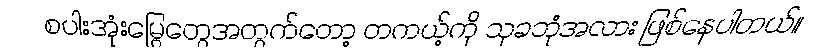
စပါးအုံးမြွေတွေအတွက်တော့ တကယ့်ကို သုခဘုံအလား ဖြစ်နေပါတယ်။